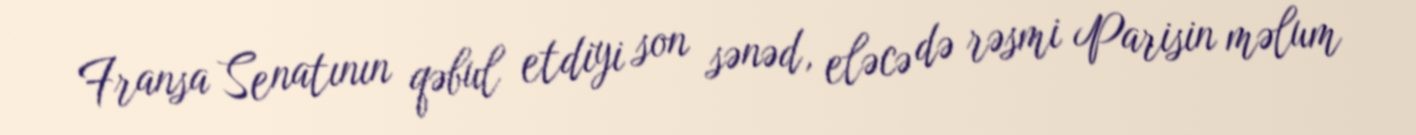
Fransa Senatının qəbul etdiyi son sənəd, eləcə də rəsmi Parisin məlum